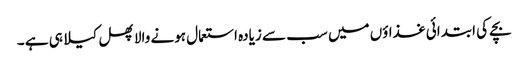
بچے کی ابتدائی غذاؤں میں سب سے زیادہ استعمال ہونے والا پھل کیلا ہی ہے ۔